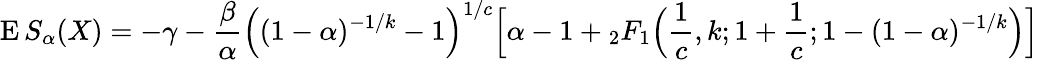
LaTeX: \operatorname{E}S_{\alpha}(X)=-\gamma-{\frac{\beta}{\alpha}}{\Big(}(1-\alpha)^{-1/k}-1{\Big)}^{1/c}{\Big[}\alpha-1+{_{2}F_{1}}{\Big(}{\frac{1}{c}},k;1+{\frac{1}{c}};1-(1-\alpha)^{-1/k}{\Big)}{\Big]}